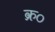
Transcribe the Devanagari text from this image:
क्र०